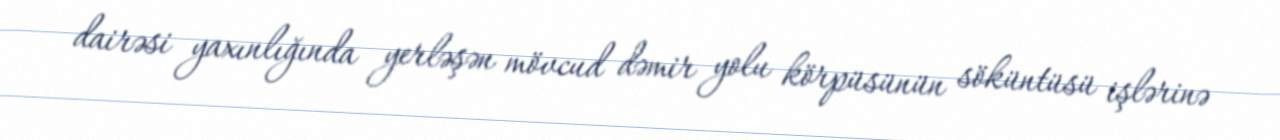
dairəsi yaxınlığında yerləşən mövcud dəmir yolu körpüsünün söküntüsü işlərinə